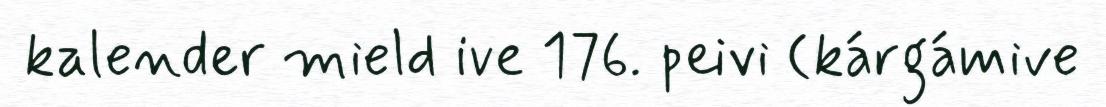
kalender mield ive 176. peivi (kárgámive